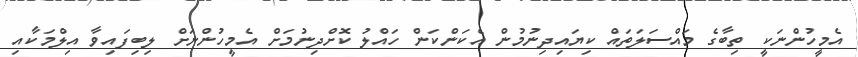
އެމީހުންނަކީ ތިބާގެ މައްސަލަތައް ކިޔައިދިނުމުން އެކަންކަން ހައްލު ކޮށްދިނުމަށް އެމީހުންނަށް ލިބިފައިވާ އިލްމަކާއި